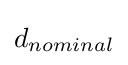
d_{nominal}